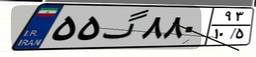
۵۵گ۸۸۰۹۳